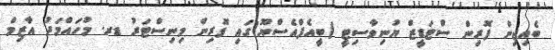
ބެއިޖިން ފޮރިން ސްޓަޑީޒް ޔުނިވާސިޓީ (ބީއެފްއެސްޔޫ)ގައި ފޮރިން މިނިސްޓަރު ޑރ. މުހައްމަދު އާޒިމް